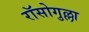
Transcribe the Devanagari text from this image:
रॉसोगुल्ला